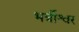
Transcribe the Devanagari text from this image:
भर्त्रीश्वर